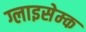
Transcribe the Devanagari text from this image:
ग्लाइसेम्क